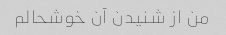
من از شنیدن آن خوشحالم